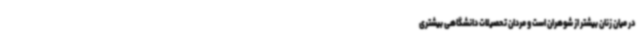
در میان زنان بیشتر از شوهران است و مردان تحصیلات دانشگاهی بیشتری